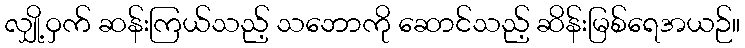
လျှို့ဝှက် ဆန်းကြယ်သည့် သဘောကို ဆောင်သည့် ဆိန်းမြစ်ရေအယဉ်။